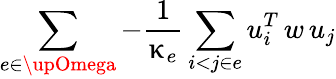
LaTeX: \sum_{e\in\upOmega}-\frac{1}{\upkappa_{e}}\sum_{i<j\in e}u_{i}^{T}\, w\, u_{j}